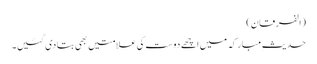
(الفرقان)
حدیثِ مبارکہ میں اچھے دوست کی علامتیں بھی بتادی گئیں۔